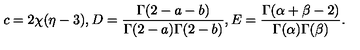
c = 2 \chi ( \eta - 3 ) , D = \frac { \Gamma ( 2 - a - b ) } { \Gamma ( 2 - a ) \Gamma ( 2 - b ) } , E = \frac { \Gamma ( \alpha + \beta - 2 ) } { \Gamma ( \alpha ) \Gamma ( \beta ) } .